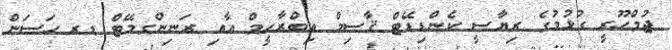
ޖުމްހޫރީ ގުޅުމުގެ ރިޔާސީ ކެންޑިޑޭޓް ޤާސިމް އިބްރާހީމް އާއި ރަނިންގމޭޓް ޑރ ހަސަން